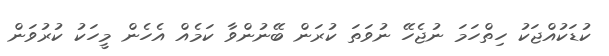
ކުޑަކުއްޖަކު ހިތްހަމަ ނުޖެހޭ ނުވަތަ ކުރަން ބޭނުންވާ ކަމެއް އެހެން މީހަކު ކުރުވަން